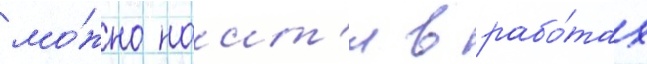
мо́жно наит'и в рабо́тах